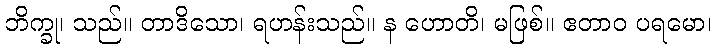
ဘိက္ခု၊ သည်။ တာဒိသော၊ ရဟန်းသည်။ န ဟောတိ၊ မဖြစ်။ ဧတာဝ ပရမော၊